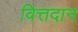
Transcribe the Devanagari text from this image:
वित्तदान